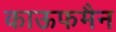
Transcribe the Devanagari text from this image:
काऊफमैन